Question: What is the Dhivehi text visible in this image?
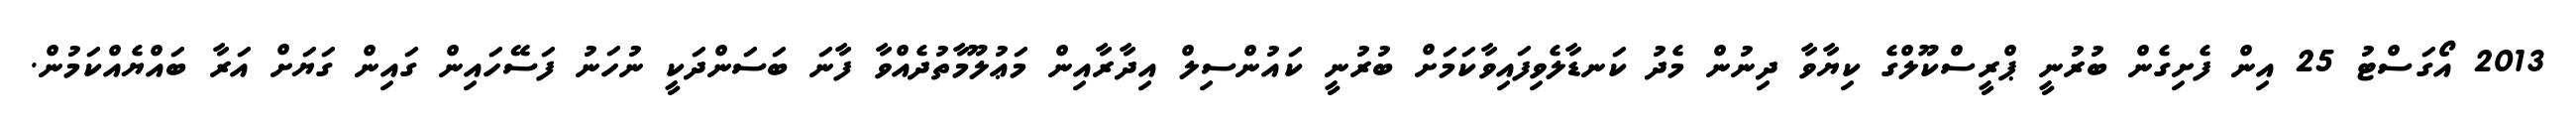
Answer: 2013 އޯގަސްޓު 25 އިން ފެށިގެން ބުރުނީ ޕްރީސްކޫލްގެ ކިޔާވާ ދިނުން މެދު ކަނޑާލެވިފައިވާކަމަށް ބުރުނީ ކައުންސިލް އިދާރާއިން މަޢުލޫމާތުދެއްވާ ފާނަ ބަސަންދަކީ ނުހަނު ފަސޭހައިން ގައިން ގަޔަށް އަރާ ބައްޔެއްކަމުން.